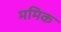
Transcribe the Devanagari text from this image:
ममिक